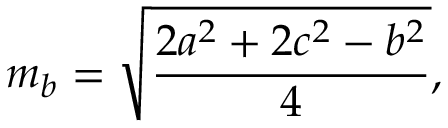
m _ { b } = { \sqrt { \frac { 2 a ^ { 2 } + 2 c ^ { 2 } - b ^ { 2 } } { 4 } } } ,